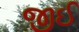
જીઈ